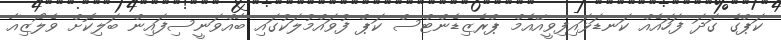
ކަޕްގެ ގަދަ ފަހައެއް ކަނޑަޅައިފިވީއޭއެމް ޕްރެޒިޑެންޓްސް ކަޕް ފުވައްމުލަކުގައި ބާއްވަނީސިފައިން ބަލިކޮށް ވެލޯޒިއާ